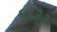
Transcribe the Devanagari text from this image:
६६३३